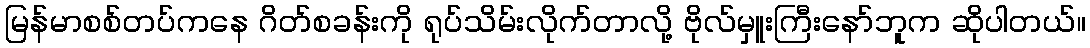
မြန်မာစစ်တပ်ကနေ ဂိတ်စခန်းကို ရုပ်သိမ်းလိုက်တာလို့ ဗိုလ်မှူးကြီးနော်ဘူက ဆိုပါတယ်။